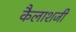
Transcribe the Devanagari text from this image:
कैलाशजी